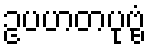
ဥပဟတပုဗ္ဗံ